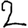
Digit: 2